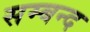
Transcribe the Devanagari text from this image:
सम्बन्द